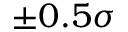
\pm 0 . 5 \sigma